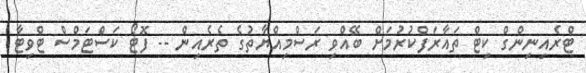
ޓްރެއިނިންގް ކިޓް ތައާރަފްކުރުމަށް ބޭއްވި ރަސްމިއްޔާތުގެ ތެރެއިން -- ފޮޓޯ ކަސްޓަމްސް ޓްވިޓާ